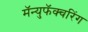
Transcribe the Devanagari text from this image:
मॅन्युफॅक्‍चरिंग